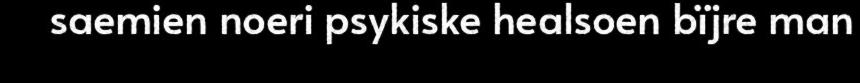
saemien noeri psykiske healsoen bïjre man